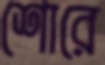
শোরে